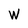
Character: W